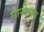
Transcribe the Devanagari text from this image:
मानीपणा